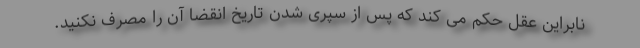
نابراین عقل حکم می کند که پس از سپری شدن تاریخ انقضا آن را مصرف نکنید.